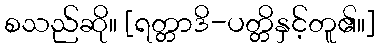
စသည်ဆို။ [ရတ္တာဒိ-ပတ္တိနှင့်တူ၏။]